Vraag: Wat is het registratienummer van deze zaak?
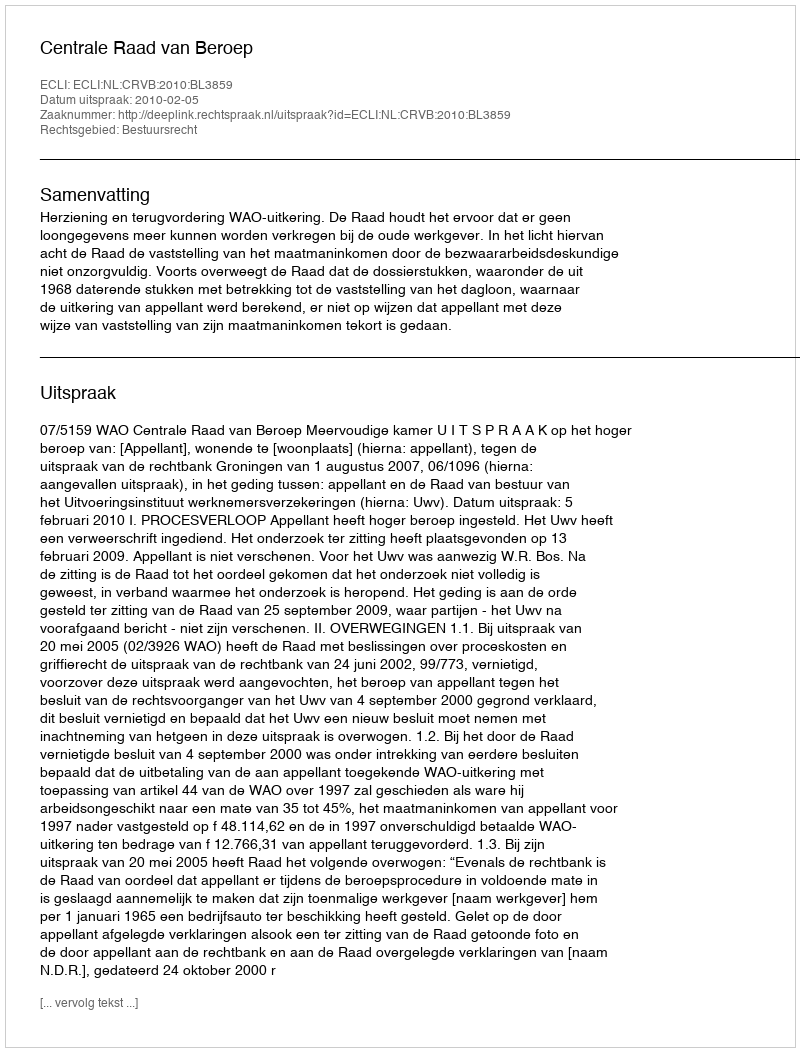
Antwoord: http://deeplink.rechtspraak.nl/uitspraak?id=ECLI:NL:CRVB:2010:BL3859